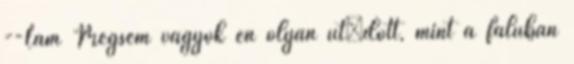
--Lám Mégsem vagyok én olyan ütıdött, mint a faluban